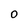
Character: O